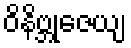
ဝိနိဗ္ဘုဇေယျ